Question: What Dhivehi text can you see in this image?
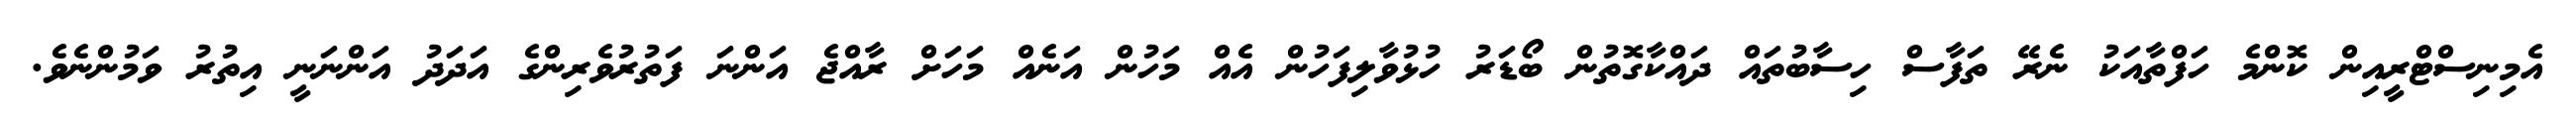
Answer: އެމިނިސްޓްރީއިން ކޮންމެ ހަފްތާއަކު ނެރޭ ތަފާސް ހިސާބުތައް ދައްކާގޮތުން ބޯޑަރު ހުޅުވާލިފަހުން އެއް މަހުން އަނެއް މަހަށް ރާއްޖެ އަންނަ ފަތުރުވެރިންގެ އަދަދު އަންނަނީ އިތުރު ވަމުންނެވެ.